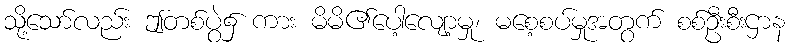
သို့သော်လည်း ဤတစ်ပွဲ၌ ကား မိမိ၏ပေါ့လျော့မှု၊ မစေ့စပ်မှုအတွက် စစ်ဦးစီးဌာန